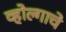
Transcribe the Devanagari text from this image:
व्होल्गाचे